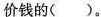
价钱的( )。